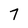
Character: 7